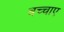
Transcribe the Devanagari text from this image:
बच्चाए